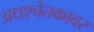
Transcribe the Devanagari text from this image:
अधश्चेतकावर